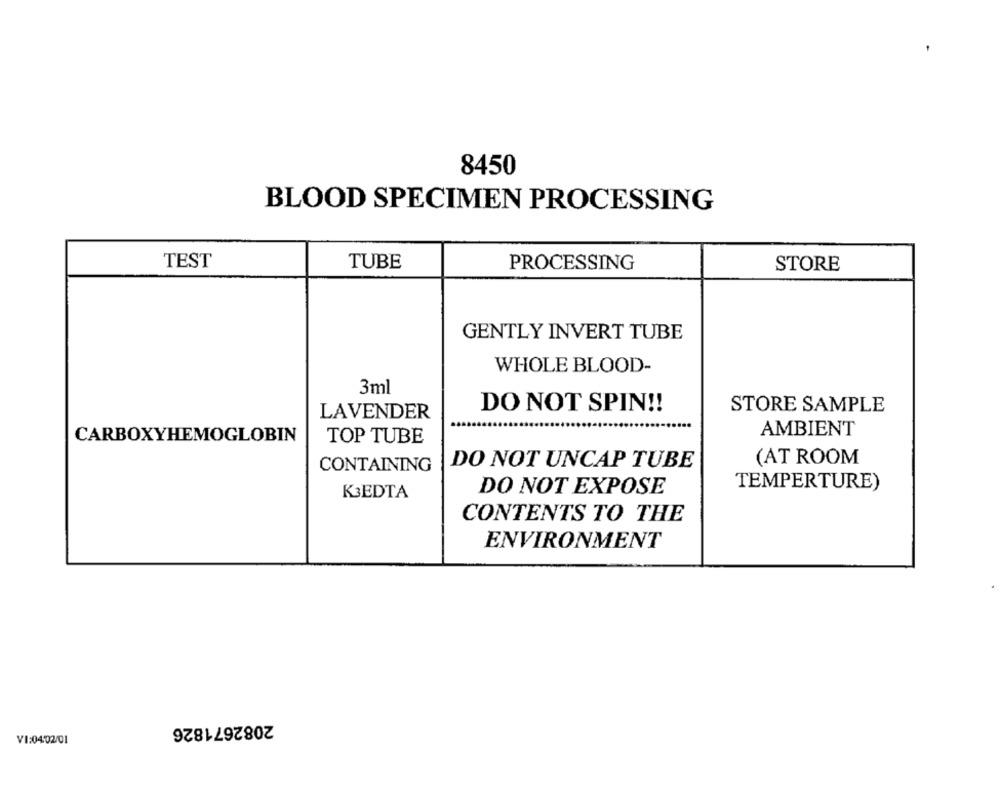
8450
BLOOD SPECIMEN PROCESSING
TEST
TUBE
PROCESSING
STORE
GENTLY INVERT TUBE
WHOLE BLOOD-
3ml
DO NOT SPIN !!
STORE SAMPLE
LAVENDER
AMBIENT
CARBOXYHEMOGLOBIN
TOP TUBE
(AT ROOM
CONTAINING
DO NOT UNCAP TUBE
DO NOT EXPOSE
TEMPERTURE)
K3EDTA
CONTENTS TO THE
ENVIRONMENT
2082671826
V1:04/02/01